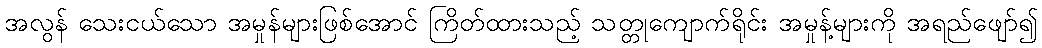
အလွန် သေးငယ်သော အမှုန်များဖြစ်အောင် ကြိတ်ထားသည့် သတ္တုကျောက်ရိုင်း အမှုန့်များကို အရည်ဖျော်၍